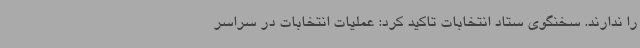
را ندارند. سخنگوی ستاد انتخابات تاکید کرد: عملیات انتخابات در سراسر